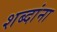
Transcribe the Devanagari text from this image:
शब्‍दांना